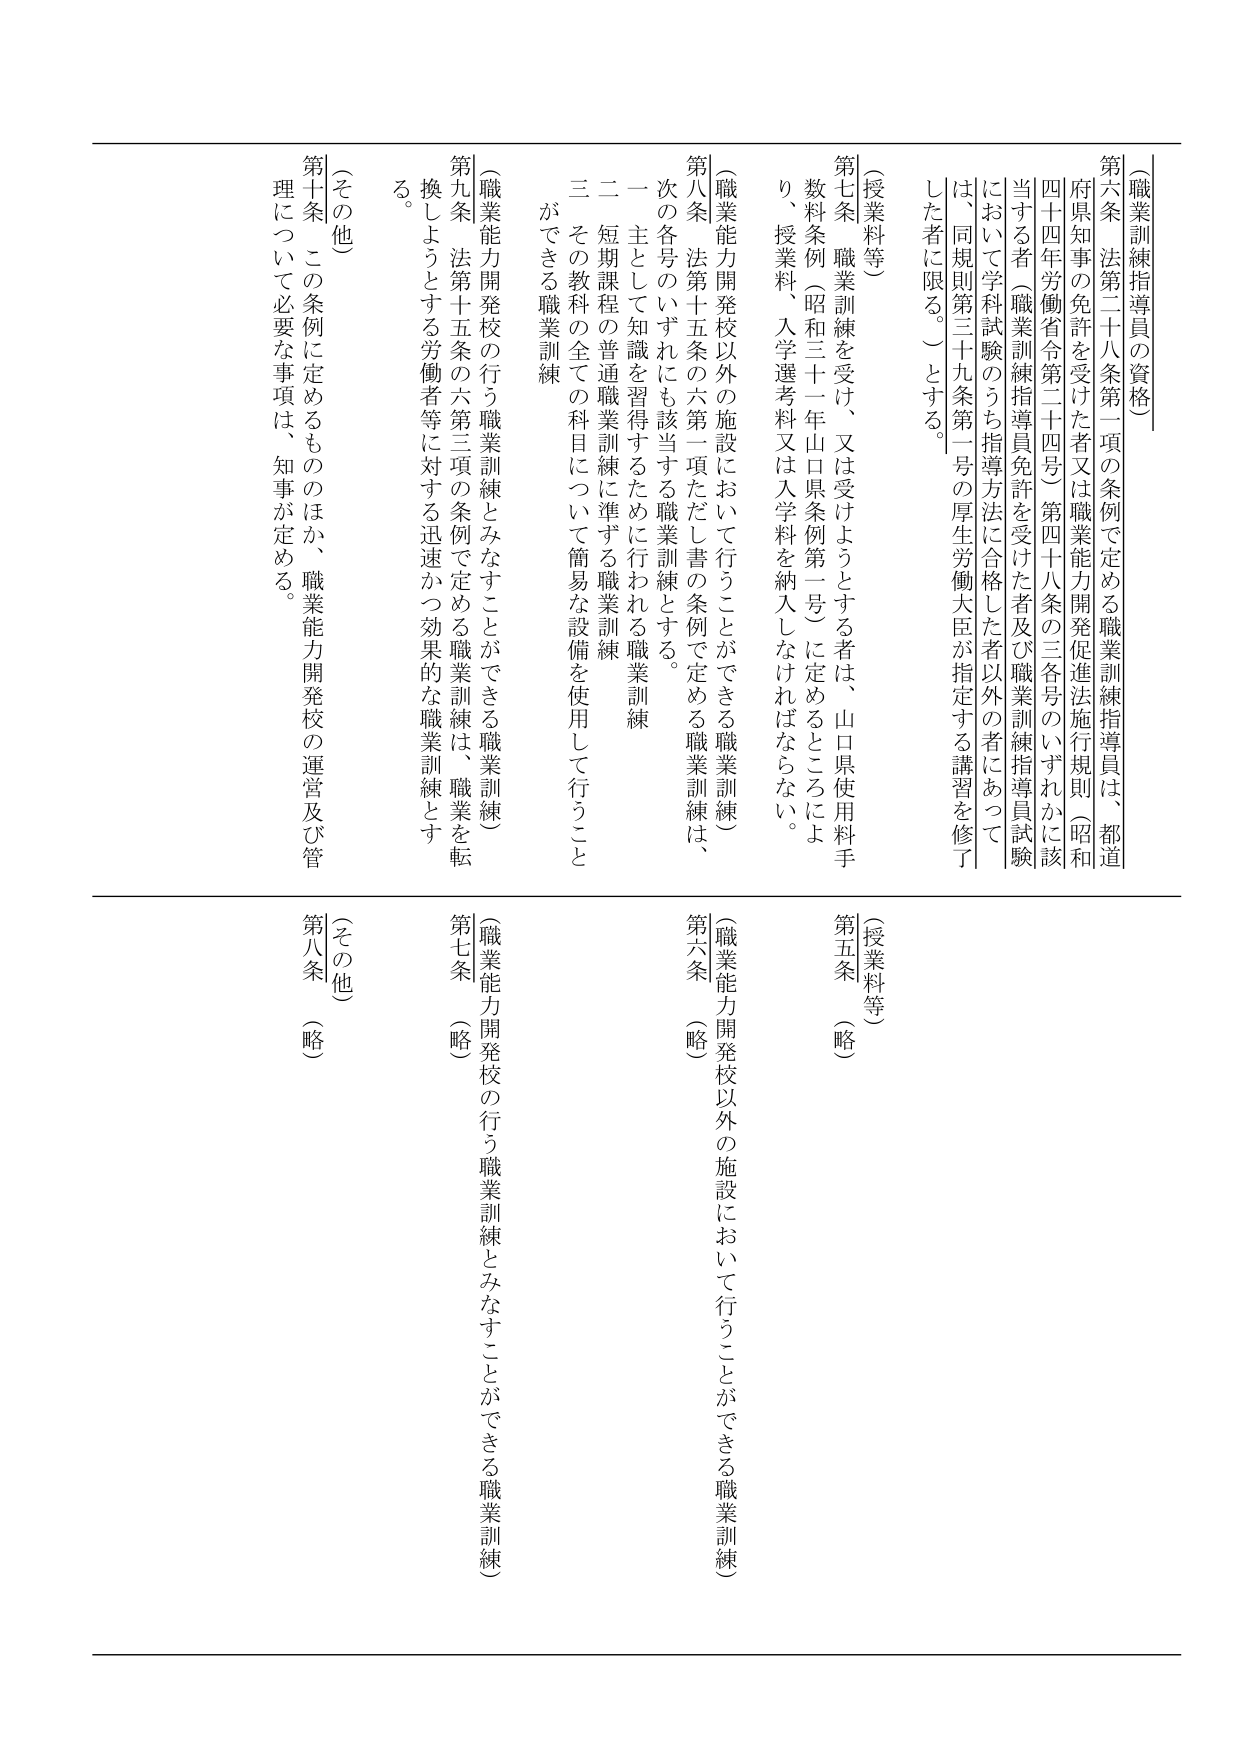
（職業訓練指導員の資格）

第六条 法第二十八条第一項の条例で定める職業訓練指導員は、都道府県知事の免許を受けた者又は職業能力開発促進法施行規則（昭和四十四年労働省令第二十四号）第四十八条の三各号のいずれかに該当する者（職業訓練指導員免許を受けた者及び職業訓練指導員試験において学科試験のうち指導方法に合格した者以外の者にあつては、同規則第三十九条第一号の厚生労働大臣が指定する講習を修了した者に限る。）とする。

（授業料等）

第七条 職業訓練を受け、又は受けようとする者は、山口県使用料手数料条例（昭和三十一年山口県条例第一号）に定めるところにより、授業料、入学選考料又は入学料を納入しなければならない。

（職業能力開発校以外の施設において行うことができる職業訓練）

第八条 法第十五条の六第一項ただし書の条例で定める職業訓練は、次の各号のいずれにも該当する職業訓練とする。
一 主として知識を習得するために行われる職業訓練
二 短期課程の普通職業訓練に準ずる職業訓練
三 その教科の全ての科目について簡易な設備を使用して行うことができる職業訓練

（職業能力開発校の行う職業訓練とみなすことができる職業訓練）

第九条 法第十五条の六第三項の条例で定める職業訓練は、職業を転換しようとする労働者等に対する迅速かつ効果的な職業訓練とする。

（その他）

第十条 この条例に定めるもののほか、職業能力開発校の運営及び管理について必要な事項は、知事が定める。

（授業料等）

第五条 （略）

（職業能力開発校以外の施設において行うことができる職業訓練）

第六条 （略）

（職業能力開発校の行う職業訓練とみなすことができる職業訓練）

第七条 （略）

（その他）

第八条 （略）